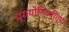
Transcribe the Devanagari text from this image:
प्रायोगिकरित्या